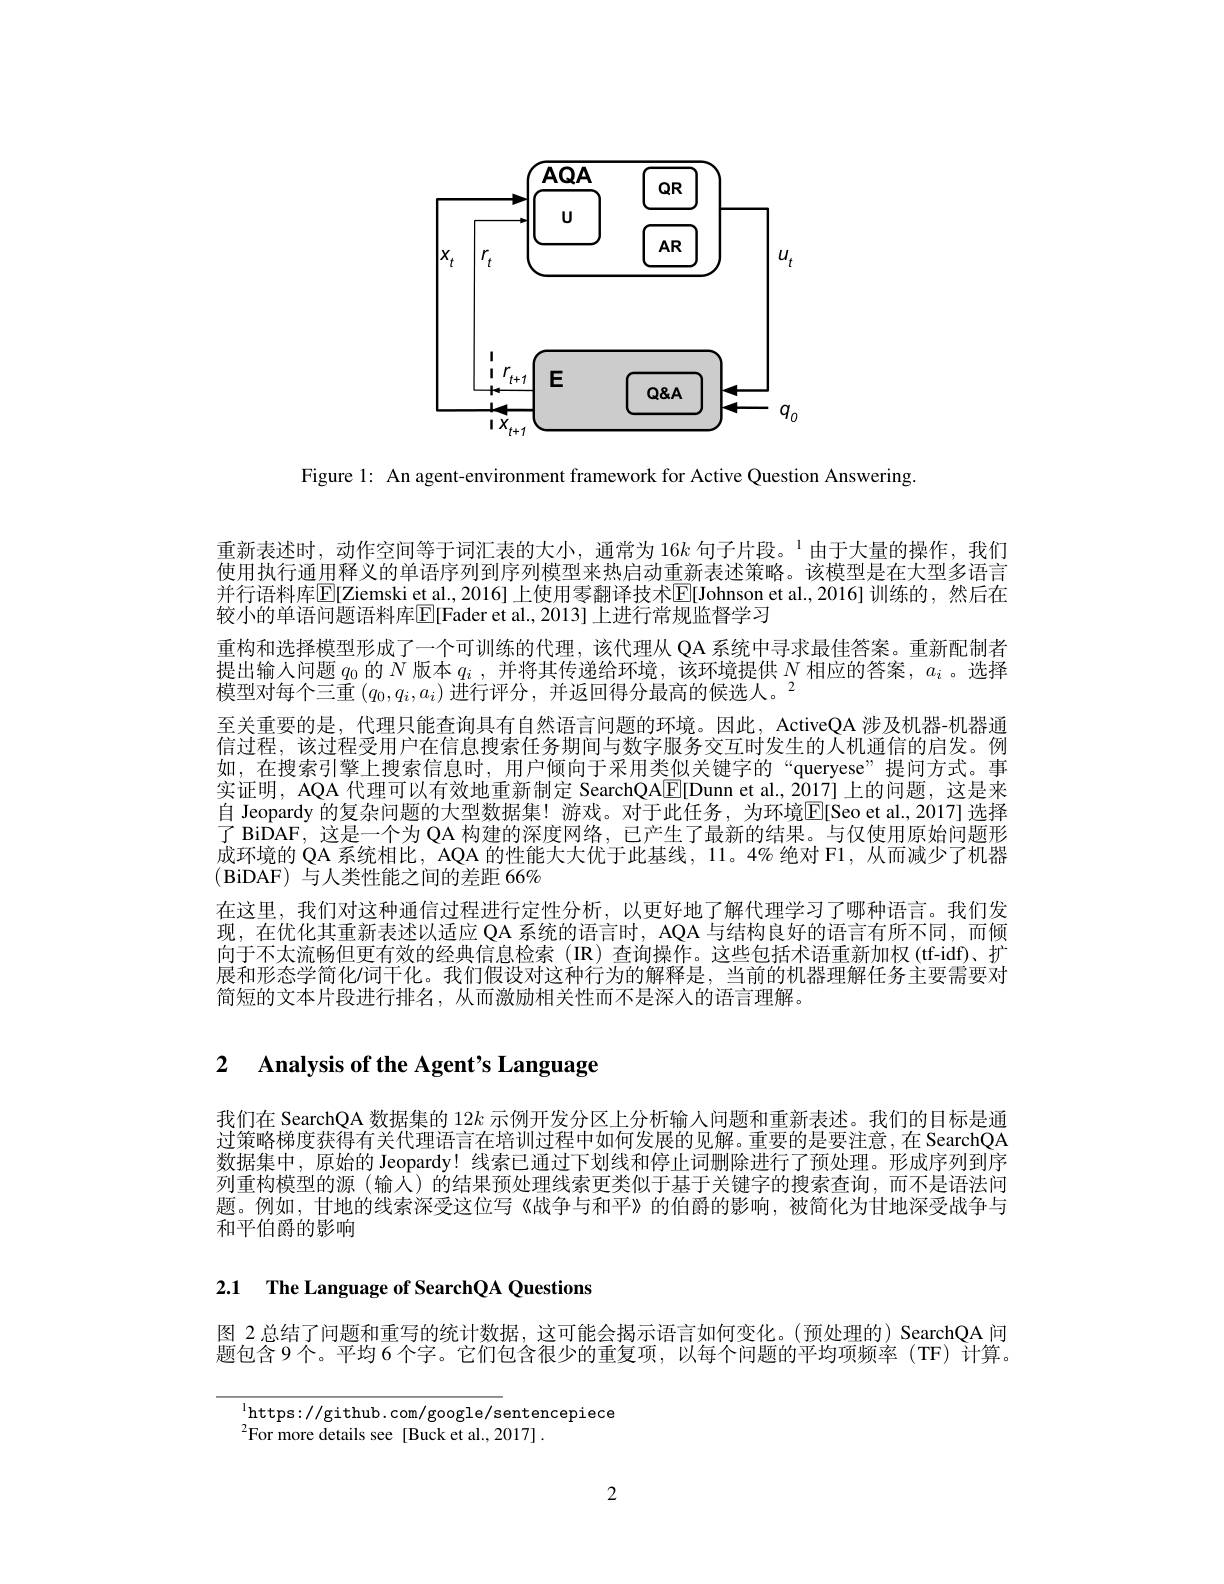
<FigureHere>

Figure 1: An agent-environment framework for Active Question Answering

重新表述时，动作空间等于词汇表的大小，通常为 16$k\text{ 句子片段。}^{1}$由于大量的操作，我们使用执行通用释义的单语序列到序列模型来热启动重新表述策略。该模型是在大型多语言并行诰料库E[[Ziemski et al., 2016] 上便用零翻译技术[E[Johnson et al., 2016] 训练的，然后在较小的单语问题语料库$\overline{\mathbb{E}}[$Fader et al., 2013] 上进行常规监督学习
重构和选择模型形成了一个可训练的代理，该代理从 QA 系统中寻求最佳答案。重新配制者提出输入问题$q_0$的$N$版本$q_i$ ,并将其传递给环境，该环境提供$N$相应的答案 ,$a_i$ 。选择模型对每个三重$(q_0,q_i,a_i)\text{ 进行评分，并返回得分最高的候选人。}^2$
至关重要的是，代理只能查询具有自然语言问题的环境。因此，ActiveQA 涉及机器-机器通信过程，该过程受用户在信息搜索任务期间与数字服务交互时发生的人机通信的启发。例如，在搜索引擎上搜索信息时，用户倾向于采用类似关键字的“queryese”提问方式。事实证明，AQA 代理可以有效地重新制定 SearchQA[E[Dunn et al., 2017] 上的问题，这是来自 Jeopardy 的复杂问题的大型数据集！游戏。对于此任务，为环境$\overline{\mathrm{E}}[$Seo et al.,2017] 选择了 BiDAF, 这是一个为 QA 构建的深度网络，已产生了最新的结果。与仅使用原始问题形成环境的 QA 系统相比，AQA 的性能大大优于此基线，11。4% 绝对 F1, 从而减少了机器(BiDAF)与人类性能之间的差距 66%
在这里，我们对这种通信过程进行定性分析，以更好地了解代理学习了哪种语言。我们发现，在优化其重新表述以适应 QA 系统的语言时，AQA 与结构良好的语言有所不同，而倾向于不太流畅但更有效的经典信息检索(IR)查询操作。这些包括术语重新加权(tf-idf)、扩展和形态学简化饲干化。我们假设对这种行为的解释是，当前的机器理解任务主要需要对简短的文本片段进行排名，从而激励相关性而不是深人的语言理解。

# 2 Analysis of the Agent's Language

我们在 SearchQA 数据集的 12k 示例开发分区上分析输人问题和重新表述。我们的目标是通过策略梯度获得有关代理语言在培训过程中如何发展的见解。重要的是要注意，在 SearchQA 数据集中，原始的 Jeopardy! 线索已通过下划线和停止词删除进行了预处理。形成序列到序列重构模型的源(输入)的结果预处理线索更类似于基于关键字的搜索查询，而不是语法问题。例如，甘地的线索深受这位写《战争与和平》的伯爵的影响，被简化为甘地深受战争与和平伯爵的影响

2.1 The Language of SearchQA Questions

图 2 总结了问题和重写的统计数据，这可能会揭示语言如何变化。(预处理的) SearchQA 问题包含9个。平均 6 个字。它们包含很少的重复项，以每个问题的平均项频率(TF)计算。

$^{1}$https: / / github. com/ google/ sentencepiece
$^{2}$For more details see[Buck et al., 2017] .

2